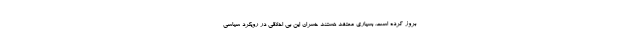
بروز كرده است. بسیاری معتقد هستند خسران این بی اخلاقی در رویکرد سیاسی